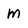
Character: M